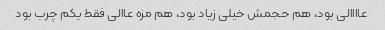
عاااالی بود، هم حجمش خیلی زیاد بود، هم مزه عاالی فقط یکم چرب بود